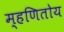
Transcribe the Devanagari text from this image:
म्हणितोय